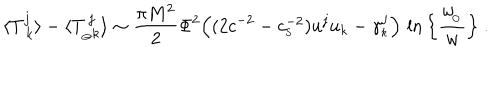
LaTeX: \langle { T _ { \ k } ^ { j } } \rangle - \langle T _ { _ { \ominus } k } ^ { \, j } \rangle \sim { \frac { \pi M ^ { 2 } } { 2 } } \Phi ^ { 2 } \Big ( ( 2 c ^ { - 2 } - c _ { _ \mathrm { S } } ^ { - 2 } ) u ^ { j } u _ { k } - \gamma _ { _ k } ^ { j } \Big ) \, \ln \Big \{ { \frac { w _ { \! _ { \odot } } } { w } } \Big \} \ .